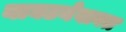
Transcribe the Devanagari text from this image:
याघटनेबाबत